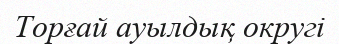
Торғай ауылдық округі